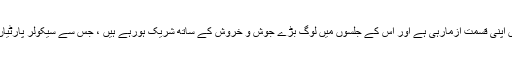
ان کی پارٹی بھی اب اترپردیش کے اسمبلی انتخابات میں اپنی قسمت آزمارہی ہے اور اس کے جلسوں میں لوگ بڑے جوش و خروش کے ساتھ شریک ہورہے ہیں ، جس سے سیکولر پارٹیاں اور ان کے لیڈران کافی پریشانی محسوس کررہے ہیں۔